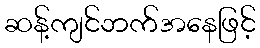
ဆန့်ကျင်ဘက်အနေဖြင့်